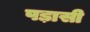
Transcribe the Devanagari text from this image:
पड़ासी